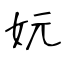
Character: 妧